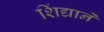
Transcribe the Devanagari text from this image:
शिंद्याने